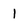
Character: 1